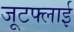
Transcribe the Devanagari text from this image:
जूटफ्लाई